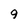
Character: 9